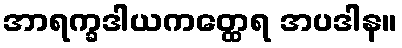
အာရက္ခဒါယကတ္ထေရ အပဒါန။